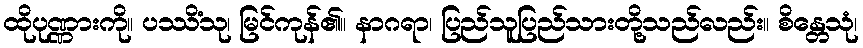
ထိုပုဏ္ဏားကို။ ပဿိံသု၊ မြင်ကုန်၏။ နာဂရာ၊ ပြည်သူပြည်သားတို့သည်လည်း။ စိန္တေသုံ၊